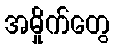
အမှိုက်တွေ